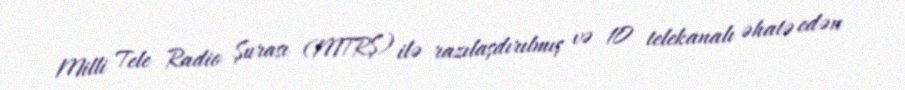
Milli Tele Radio Şurası (MTRŞ) ilə razılaşdırılmış və 10 telekanalı əhatə edən